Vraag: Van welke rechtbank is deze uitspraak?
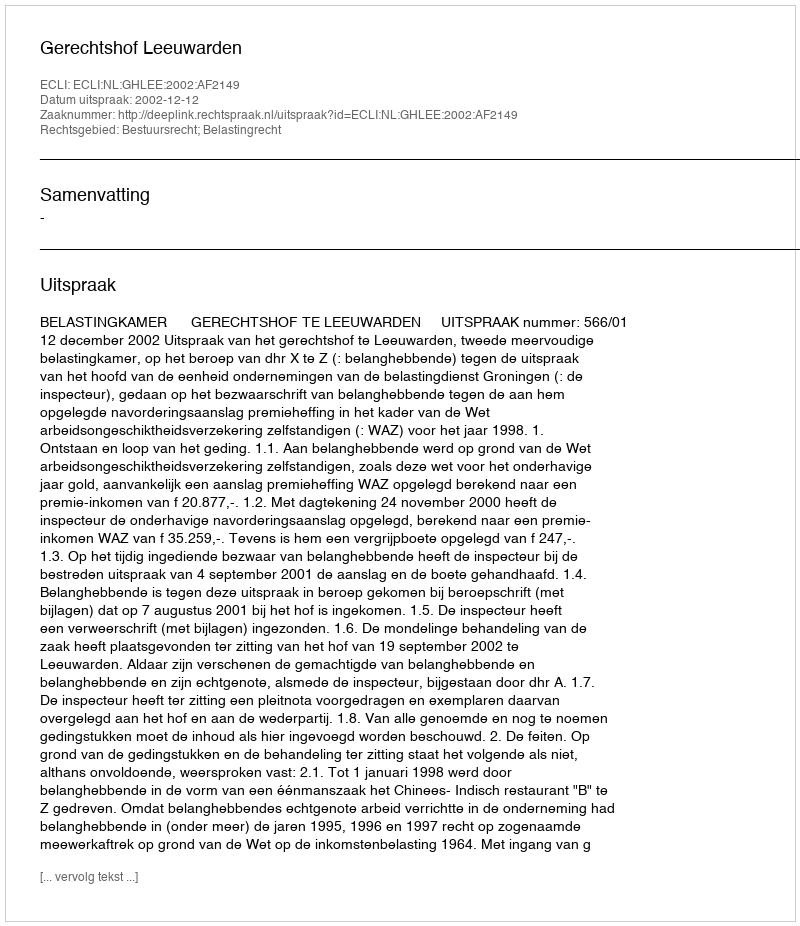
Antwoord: Gerechtshof Leeuwarden